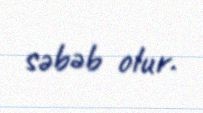
səbəb olur.